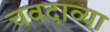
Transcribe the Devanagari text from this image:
चवदाव्या